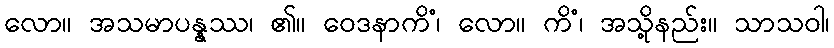
လော။ အသမာပန္နဿ၊ ၏။ ဝေဒနာကိံ၊ လော။ ကိံ၊ အသို့နည်း။ သာသဝါ၊